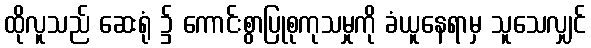
ထိုလူသည် ဆေးရုံ ၌ ကောင်းစွာပြုစုကုသမှုကို ခံယူနေရာမှ သူသေလျှင်